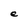
Character: e